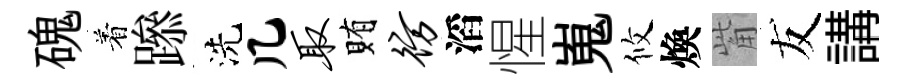
磈着𨅶洗几取賄彷滔惺嵬攸煥觜友講